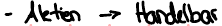
- Aktien -> Handelbar